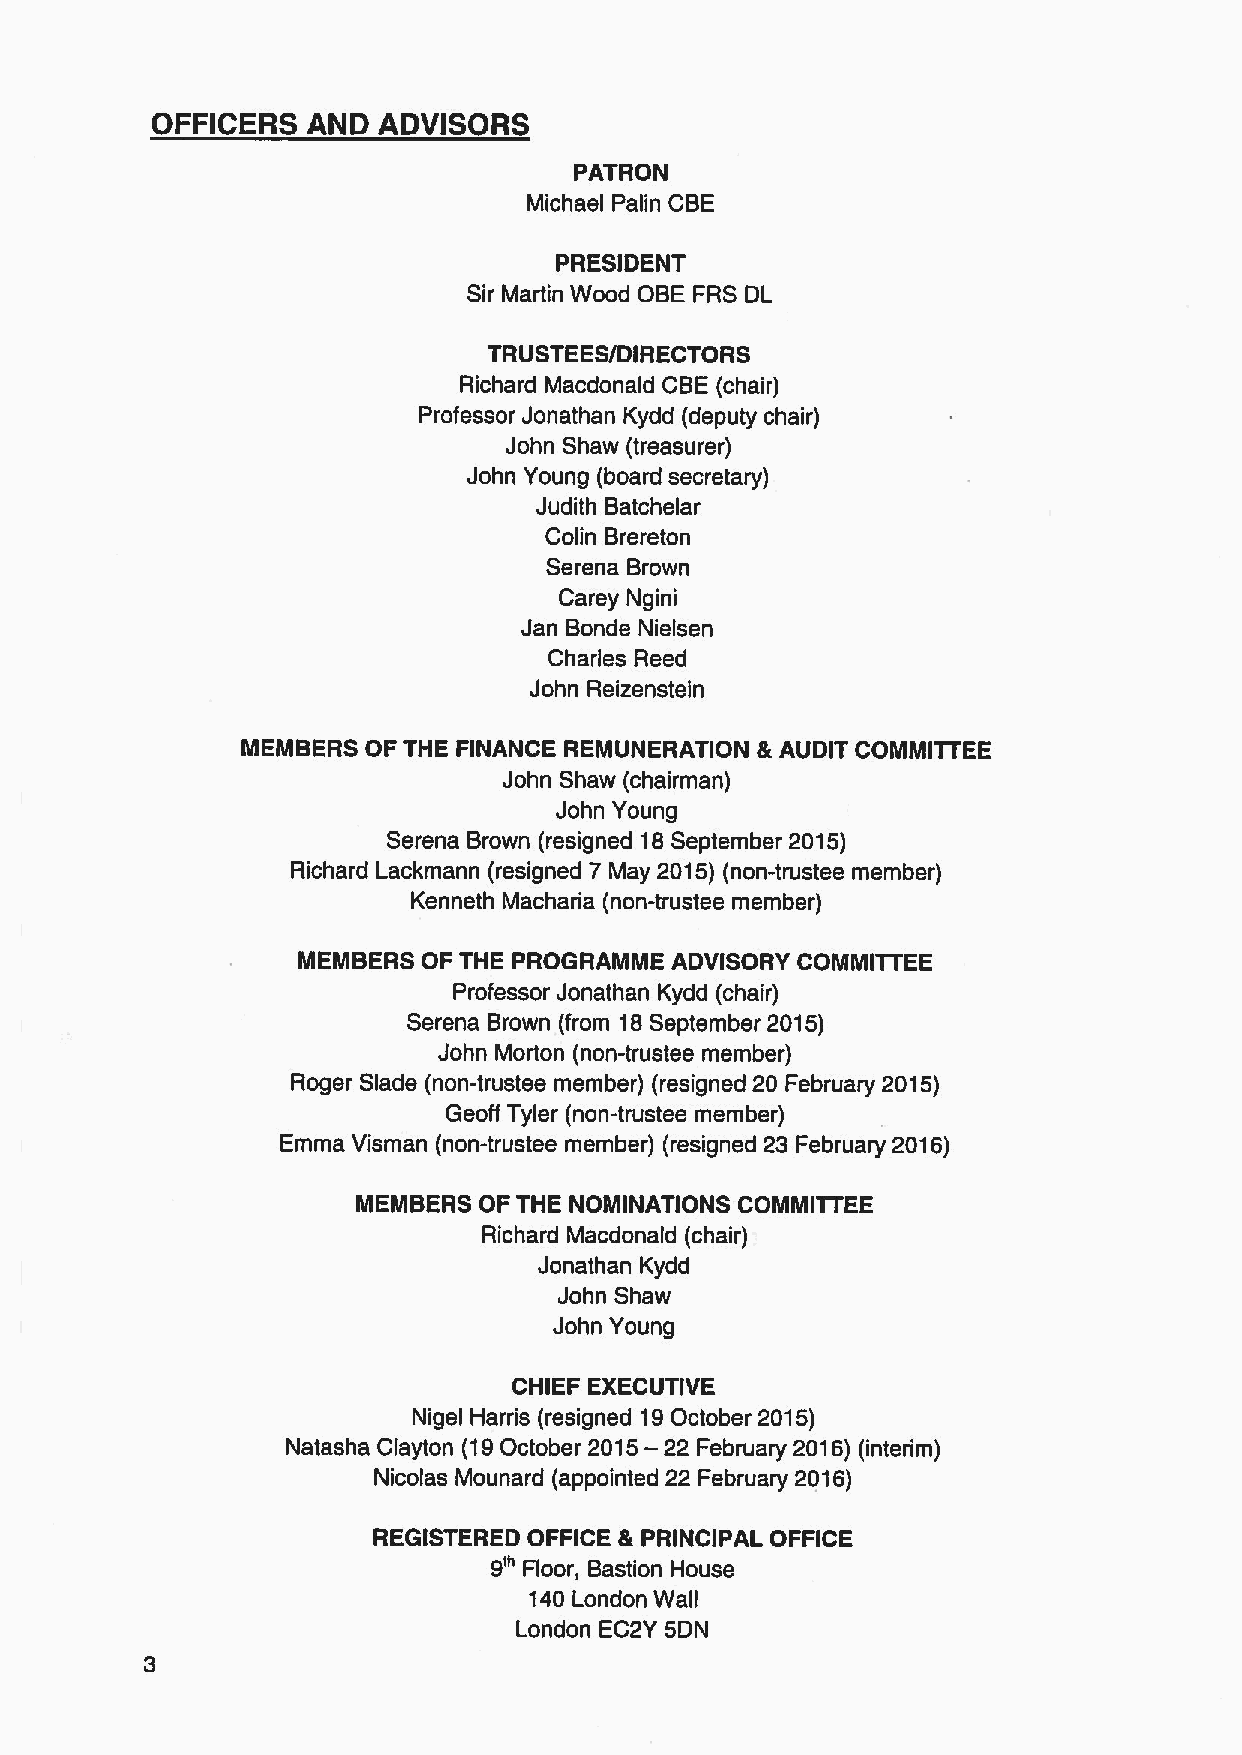
OFFICERS  AND  ADVISORS
 PATRON
 Michael Palin CBE
 PRESIDENT
 Sir Martin Wood OBE FRS DL
 TRUSTEES/DIRECTORS
 Richard Macdonald CBE(chair)
 Professor Jonathan Kydd (deputy chair)
 John Shaw (treasurer)
 John Young (board secretary)
 Judith Batchelar
 Colin Brereton
 Serena Brown
 Carey Ngini
 Jan Bonde Nielsen
 Charles Reed
 John Reizenstein
 MEMBERS OF THE FINANCE REMUNERATION &AUDIT COMMITTEE
 John Shaw (chairman)
 John Young
 Serena Brown (resigned 18September 2015)
 Richard Lackmann (resigned 7 May 2015) (non-trustee member)
 Kenneth Macharia (non-trustee member)
 MEMBERS OF THE PROGRAMME ADVISORY COMMITI EE
 Professor Jonathan Kydd (chair)
 Serena Brown (from 18September 2015)
 John Morton (non-trustee member)
 Roger Slade (non-trustee member) (resigned 20 February 2015)
 Geoff Tyler (non-trustee member)
 Emma Visman (non-trustee member) (resigned 23 February 2016)
 MEMBERS OF THE NOMINATIONS COMMITTEE
 Richard Macdonald (chair)
 Jonathan Kydd
 John Shaw
 John Young
 CHIEF EXECUTIVE
 Nigel Harris (resigned 19October 2015)
 Natasha Clayton (19October
 2015—
 22 February 2016) (interim)
 Nicolas Mounard (appointed 22 February 2016)
 REGISTERED OFFICE & PRINCIPAL OFFICE
 9'"
 Floor, Bastion House
 140London Wall
 London EC2Y SDN